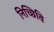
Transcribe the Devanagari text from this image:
निच्छिवि